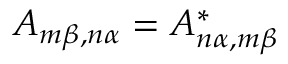
A _ { m \beta , n \alpha } = A _ { n \alpha , m \beta } ^ { * }